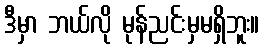
ဒီမှာ ဘယ်လို မုန်ညင်းမှမရှိဘူး။